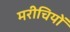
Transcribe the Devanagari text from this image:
मरीचियों